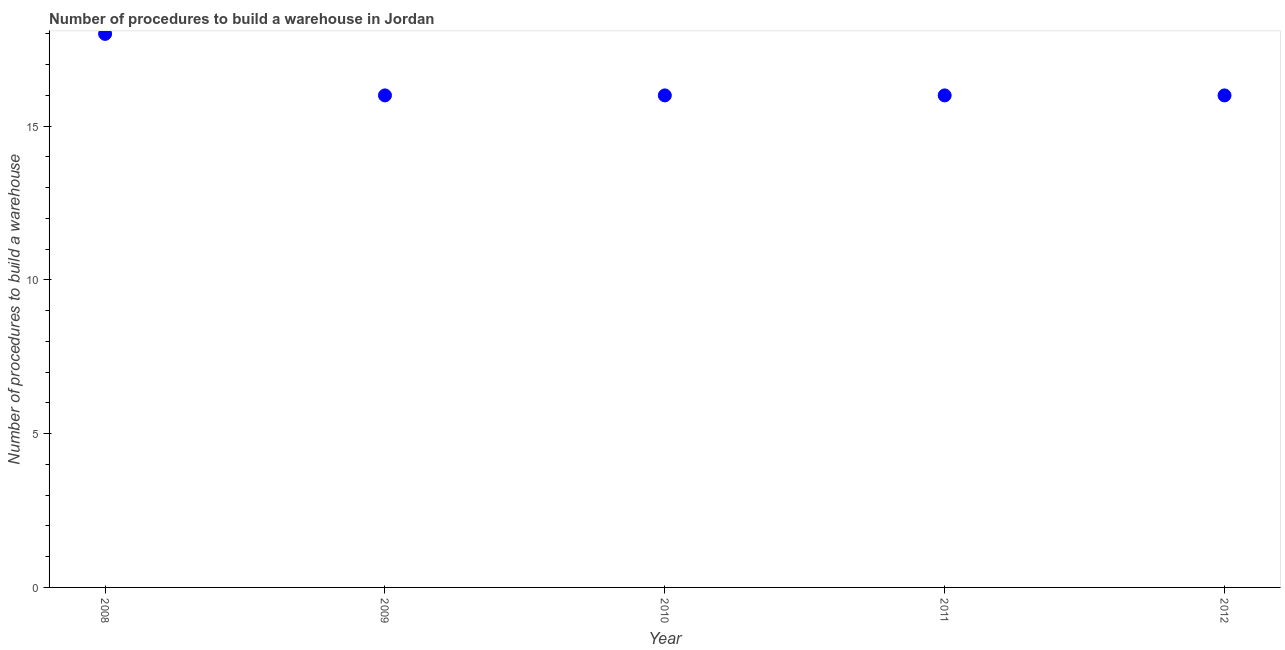
| Year | Build a warehouse |
 | --- | --- |
 | 2008 | 18 |
 | 2009 | 16 |
 | 2010 | 16 |
 | 2011 | 16 |
 | 2012 | 16 |